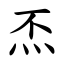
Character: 㶨